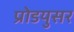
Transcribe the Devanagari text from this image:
प्रोडयुसर